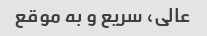
عالى، سریع و به موقع